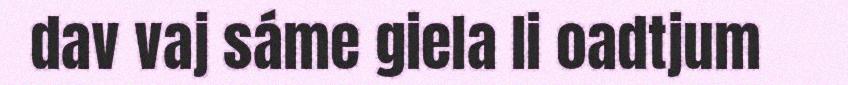
dav vaj sáme giela li oadtjum